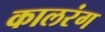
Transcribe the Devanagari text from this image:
कालरंग